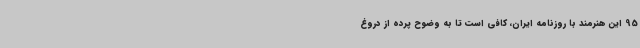
95 این هنرمند با روزنامه ایران، کافی است تا به وضوح پرده از دروغ